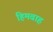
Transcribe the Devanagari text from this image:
हिमवाह